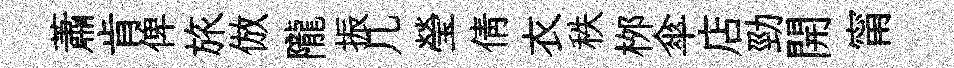
蕭肯俾旅倣隴振几瑩倩衣秩桞傘店勁開甯